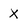
Character: X